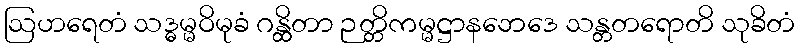
ဩဟရေတံ သဒ္ဓမ္မဝိမုခံ ဂန္ထိတာ ဉတ္တိကမ္မဋ္ဌာနဘေဒေ သန္တတရောတိ သုခိတံ